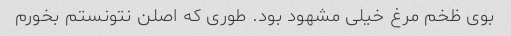
بوی ظخم مرغ خیلی مشهود بود. طوری که اصلن نتونستم بخورم